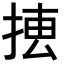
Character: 𢮨